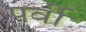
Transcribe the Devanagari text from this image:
पर्वी